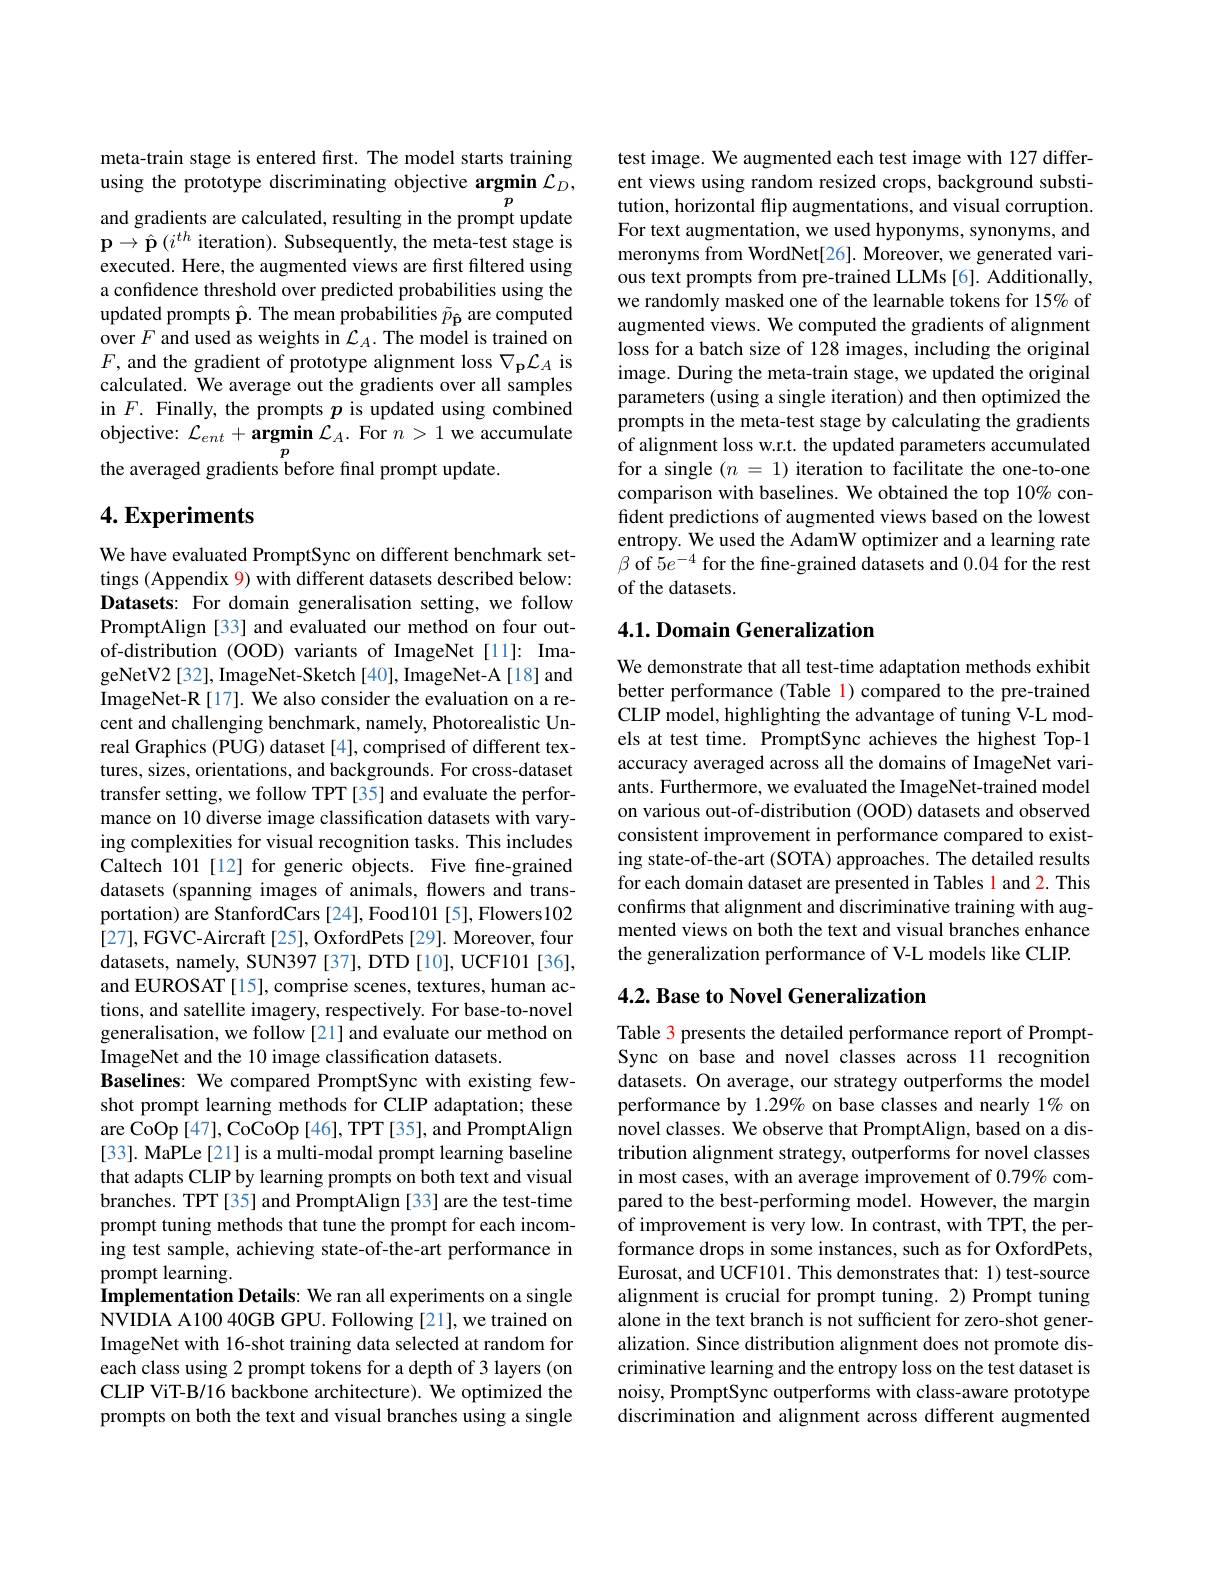
meta-train stage is entered first. The model starts training using the prototype discriminating objective argmin $\mathcal{L}_D$,
$p$

and gradients are calculated, resulting in the prompt update $\mathbf{p} \to \hat{\mathbf{p} } \left ( i^{th}\text{ iteration) . Subsequently, the meta- test stage is}\right .$ executed. Here, the augmented views are first filtered using a confidence threshold over predicted probabilities using the updated prompts $\hat{\mathbf{p}}.$ The mean probabilities $\tilde{p}_{\hat{\mathbf{p}}}$ are computed over $F$ and used as weights in $\mathcal{L}_A.$ The model is trained on $F$, and the gradient of prototype alignment loss $\nabla_\mathbf{p}\mathcal{L}_A$ is calculated. We average out the gradients over all samples in $F.$ Finally, the prompts $p$ is updated using combined objective: $\mathcal{L} _ent+ \textbf{argmin }\mathcal{L} _A.$ For $n>1$ we accumulate the averaged gradients before final prompt update.

## $4. \textbf{Experiments}$

We have evaluated PromptSync on different benchmark settings (Appendix 9) with different datasets described below: Datasets: For domain generalisation setting, we follow PromptAlign [33] and evaluated our method on four outof-distribution (OOD) variants of ImageNet [11]: ImageNetV2 [32], ImageNet-Sketch [40], ImageNet-A [18] and ImageNet-R [17]. We also consider the evaluation on a recent and challenging benchmark, namely, Photorealistic Unreal Graphics (PUG) dataset [4], comprised of different textures, sizes, orientations, and backgrounds. For cross-dataset transfer setting, we follow TPT [35] and evaluate the performance on 10 diverse image classification datasets with varying complexities for visual recognition tasks. This includes Caltech 101 [12] for generic objects. Five fine-grained datasets (spanning images of animals, flowers and transportation) are StanfordCars [24], Food101 [5], Flowers102 [27],FGVC-Aircraft[25], OxfordPets[29]. Moreover, four datasets, namely, SUN397 [37], DTD [10], UCF101 [36], and EUROSAT [15], comprise scenes, textures, human actions, and satellite imagery, respectively. For base-to-novel generalisation, we follow [21] and evaluate our method on ImageNet and the 10 image classification datasets.
Baselines: We compared PromptSync with existing fewshot prompt learning methods for CLIP adaptation; these are CoOp [47], CoCoOp [46], TPT [35], and PromptAlign [33]. MaPLe [21] is a multi-modal prompt learning baseline that adapts CLIP by learning prompts on both text and visual branches. TPT[35] and PromptAlign [33] are the test-time prompt tuning methods that tune the prompt for each incoming test sample, achieving state-of-the-art performance in prompt learning.
Implementation Details: We ran all experiments on a single $\dot{\text{NVIDIA A100 40GB GPU. Following [21], we trained on}}$ ImageNet with 16-shot training data selected at random for each class using 2 prompt tokens for a depth of 3 layers (on CLIP ViT-B/16 backbone architecture). We optimized the prompts on both the text and visual branches using a single

test image. We augmented each test image with 127 different views using random resized crops, background substitution, horizontal flip augmentations, and visual corruption. For text augmentation, we used hyponyms, synonyms, and meronyms from WordNet[26]. Moreover, we generated various text prompts from pre-trained LLMs [6]. Additionally, we randomly masked one of the learnable tokens for 15% of augmented views. We computed the gradients of alignment loss for a batch size of 128 images, including the original image. During the meta-train stage, we updated the original parameters (using a single iteration) and then optimized the prompts in the meta-test stage by calculating the gradients of alignment loss w.r.t. the updated parameters accumulated for a single $( n$ = 1) iteration to facilitate the one-to-one comparison with baselines. We obtained the top 10% confident predictions of augmented views based on the lowest entropy. We used the AdamW optimizer and a learning rate $\beta$ of $\hat{5}e^{-4}$ for the fine-grained datasets and 0.04 for the rest of the datasets.

### 4.1. Domain Generalization

We demonstrate that all test-time adaptation methods exhibit better performance (Table 1)compared to the pre-trained CLIP model, highlighting the advantage of tuning V-L models at test time. PromptSync achieves the highest Top-1 accuracy averaged across all the domains of ImageNet variants. Furthermore, we evaluated the ImageNet-trained model on various out-of-distribution (OOD) datasets and observed consistent improvement in performance compared to existing state-of-the-art (SOTA) approaches. The detailed results for each domain dataset are presented in Tables l and 2. This confirms that alignment and discriminative training with augmented views on both the text and visual branches enhance the generalization performance of V-L models like CLIP.

## $4. 2. \textbf{Base to Novel Generalization}$

Table 3 presents the detailed performance report of PromptSync on base and novel classes across 11 recognition datasets. On average, our strategy outperforms the model performance by 1.29% on base classes and nearly 1% on novel classes. We observe that PromptAlign, based on a distribution alignment strategy, outperforms for novel classes in most cases, with an average improvement of $0.79\%$ compared to the best-performing model. However, the margin of improvement is very low. In contrast, with TPT, the performance drops in some instances, such as for OxfordPets, Eurosat, and UCF101. This demonstrates that: 1) test-source alignment is crucial for prompt tuning. 2) Prompt tuning alone in the text branch is not sufficient for zero-shot generalization. Since distribution alignment does not promote discriminative learning and the entropy loss on the test dataset is noisy, PromptSync outperforms with class-aware prototype discrimination and alignment across different augmented